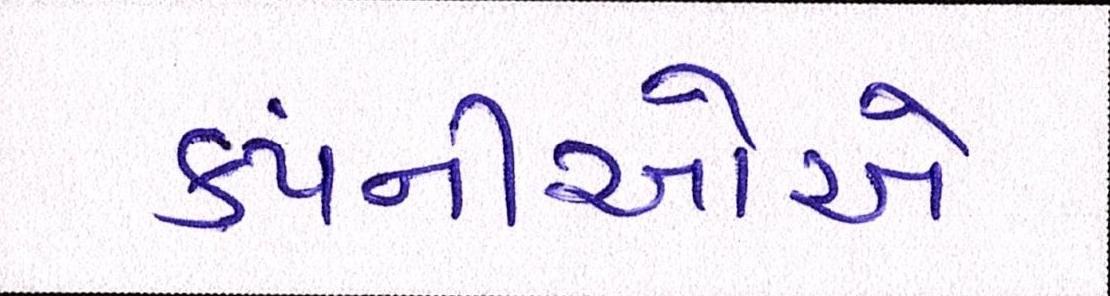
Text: કંપનીઓએ